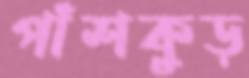
পাঁশকুড়